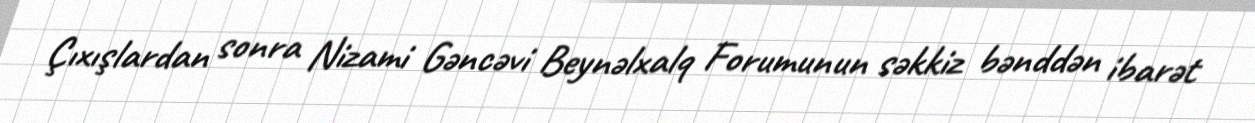
Çıxışlardan sonra Nizami Gəncəvi Beynəlxalq Forumunun səkkiz bənddən ibarət